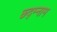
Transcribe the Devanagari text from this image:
छ्द्म्नाम